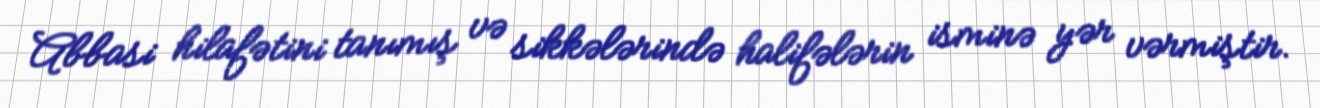
Abbasi hilafətini tanımış və sikkələrində halifələrin isminə yər vərmiştir.